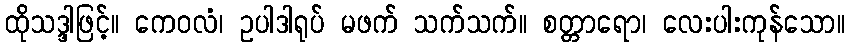
ထိုသဒ္ဒါဖြင့်။ ကေဝလံ၊ ဥပါဒါရုပ် မဖက် သက်သက်။ စတ္တာရော၊ လေးပါးကုန်သော။